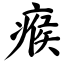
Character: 瘊